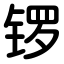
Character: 锣